system: You are a helpful assistant.
user:
Analyze the provided spectrum to determine if it is a **Carbon Star (C-type)**.

- **Key Visual Indicators of Carbon Star:**
    - **(Primary):** Strong molecular absorption from **C₂ (diatomic carbon) "Swan Bands."** This is the **defining feature** of a carbon star.
        - **(Key Bandheads):** Sharp absorption edges are visible at approximately $5635$ Å, $5165$ Å (the strongest band), and $4737$ Å.
        - **(Line Profile):** Creates a distinct **"saw-tooth"** pattern. The key morphology is a sharp, steep bandhead on the **red (long-wavelength) side**, which then gradually tapers off (i.e., flux recovers) towards the **blue (short-wavelength) side**. *(This is the direct opposite of the TiO bands seen in M-type stars)*.

    - **(Secondary):** Intense **CN (cyanogen)** molecular absorption bands.
        - **(Key Bandheads):** Located in the blue and violet regions of the spectrum (e.g., near $4215$ Å and $3883$ Å).
        - **(Morphology):** These bands are extremely broad and act as a "blanket," absorbing the vast majority of blue and violet light. This creates a characteristic **"cliff"** or **"steep drop-off"** in the spectrum's flux at short wavelengths.

    - **(Key Confirmation):** Strong **CH absorption band (G-band)**.
        - **(Key Bandhead):** Located around $4300$ Å. The contribution from CH molecules to this band is exceptionally strong.

    - **(Overall Spectrum):**
        - The continuum is severely "chopped up" by these deep molecular bands, especially C₂, rather than appearing as a smooth curve.
        - Due to the heavy CN and C₂ absorption in the blue-green, the vast majority of the star's flux is concentrated in the red part of the spectrum, giving the star its characteristic deep red color.

Think first, call **spectral_visualization_tool** if needed to examine features in detail, then provide your final answer. Your response must adhere to the following strict rules:
1.  **Overall Structure:** Your response must follow the format `<think>...</think> <tool_call>...</tool_call> (if a tool is used) <answer>...</answer>`.
2.  **Tool Usage Constraint:** You may only make **one** tool call per turn.
3.  **Final Answer Format:** In the `<answer>` tag, your conclusion must be inside a `\boxed{}` command (e.g., `\boxed{YES}`), followed by your justification.

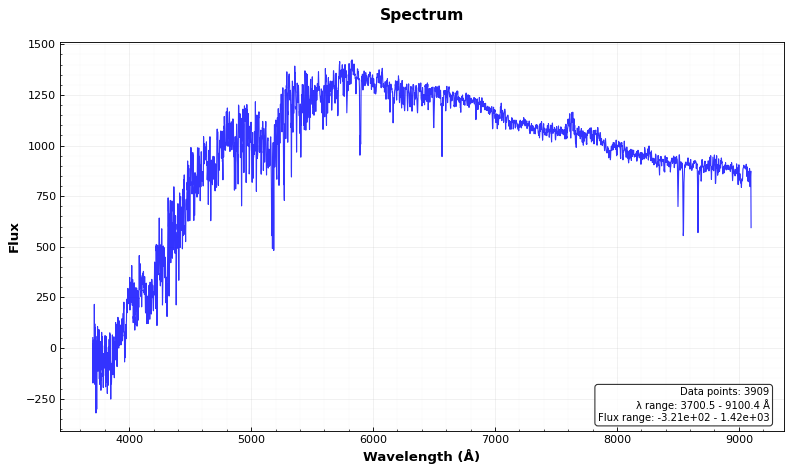
Answer: NO